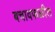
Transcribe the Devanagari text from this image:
बचावफळीत